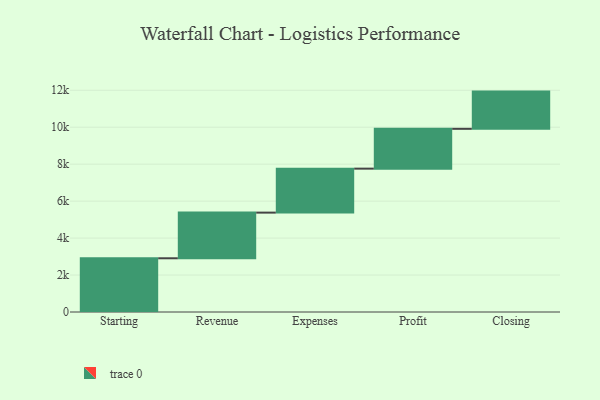
{"axis": {"x": "Step", "y": "Value"}, "legend": [""], "data": [{"x": "Starting", "y": 2907.0, "type": ""}, {"x": "Revenue", "y": 2471.0, "type": ""}, {"x": "Expenses", "y": 2380.0, "type": ""}, {"x": "Profit", "y": 2155.0, "type": ""}, {"x": "Closing", "y": 2014.0, "type": ""}]}